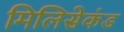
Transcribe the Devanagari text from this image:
मिलिसेकंड